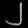
Digit: ၂